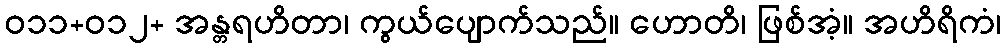
ဝ၁၁+၀၁၂+ အန္တရဟိတာ၊ ကွယ်ပျောက်သည်။ ဟောတိ၊ ဖြစ်အံ့။ အဟိရိကံ၊